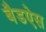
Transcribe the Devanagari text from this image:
बैडऐस